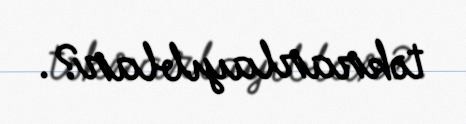
təkrarlayıblar?.